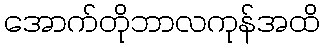
အောက်တိုဘာလကုန်အထိ